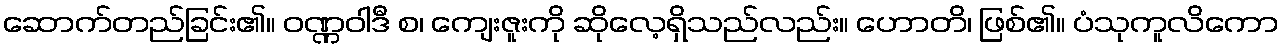
ဆောက်တည်ခြင်း၏။ ဝဏ္ဏဝါဒီ စ၊ ကျေးဇူးကို ဆိုလေ့ရှိသည်လည်း။ ဟောတိ၊ ဖြစ်၏။ ပံသုကူလိကော